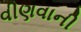
વીણવાની